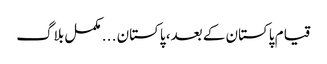
قیام پاکستان کے بعد، پاکستان . . . مکمل بلاگ